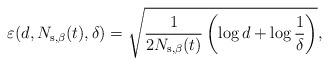
LaTeX: \begin{align*}\varepsilon(d,N_{\rm{s},\beta}(t),\delta) = \sqrt{\frac{1}{2N_{\rm{s},\beta}(t)}\left( \log d + \log\frac{1}{\delta} \right)},\end{align*}